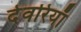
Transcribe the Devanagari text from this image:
देवरियाँ